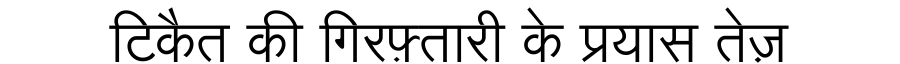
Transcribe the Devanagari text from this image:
टिकैत की गिरफ़्तारी के प्रयास तेज़